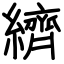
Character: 纃